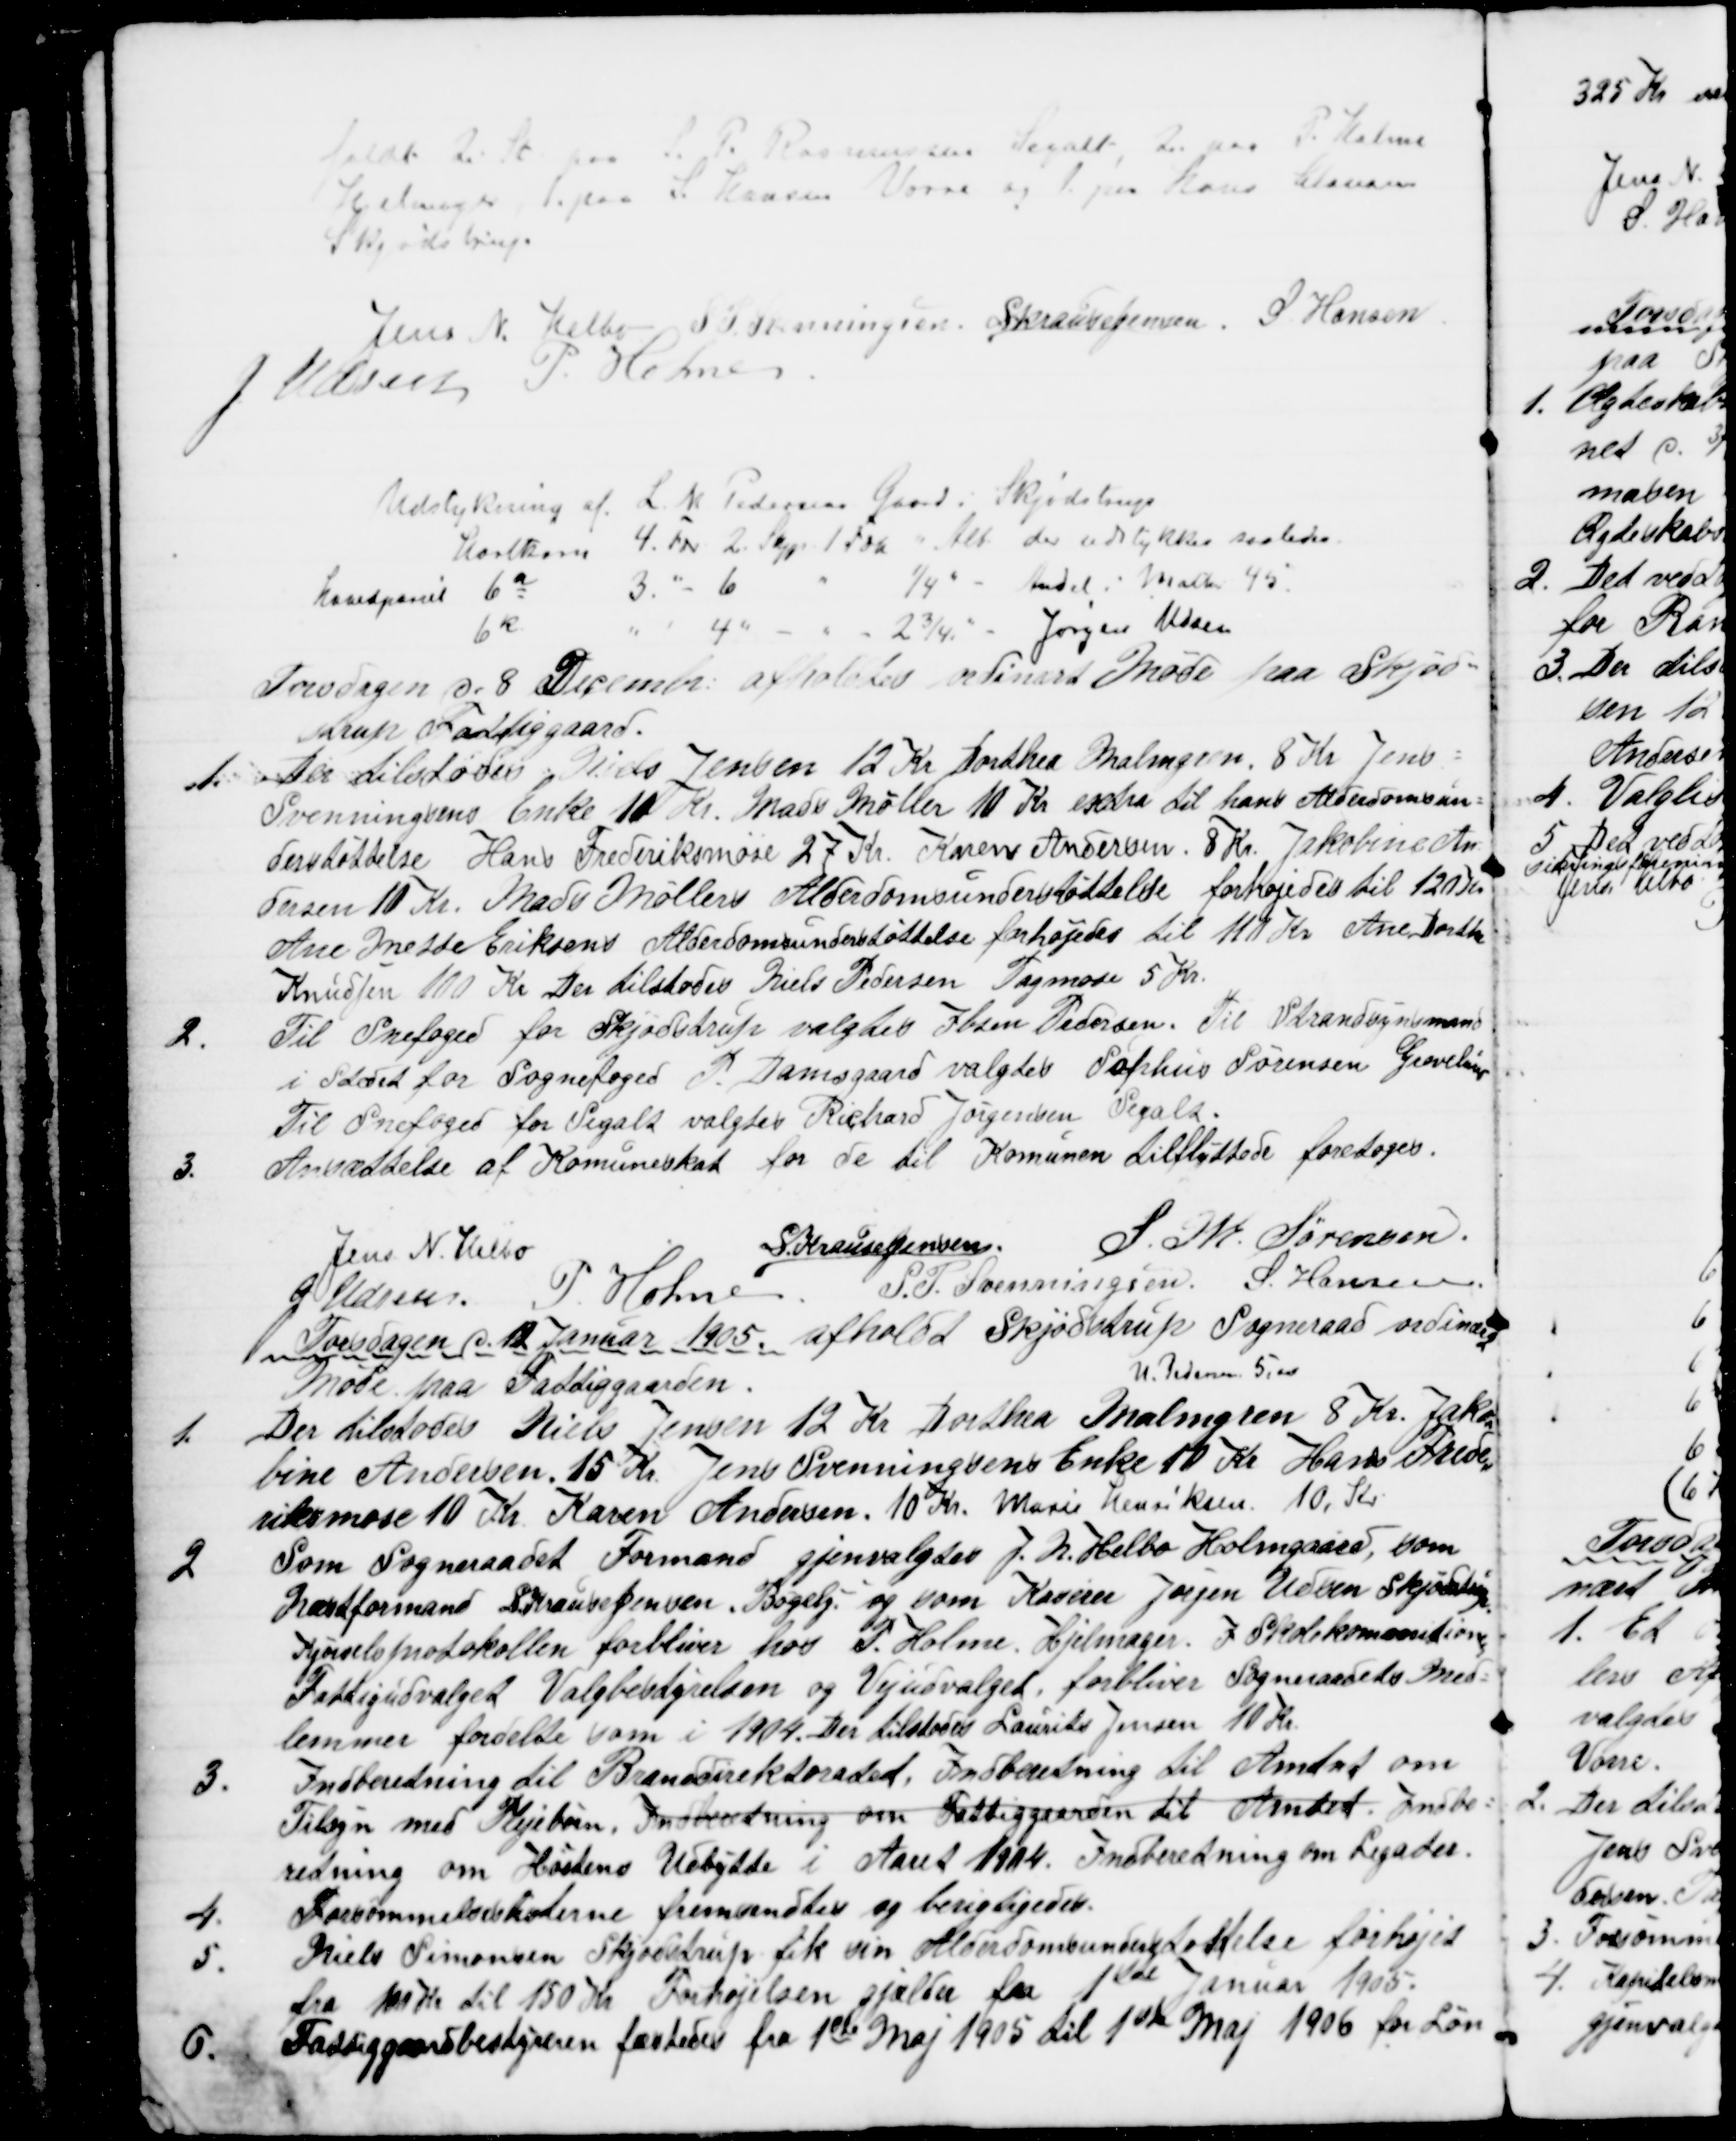
Transskription:
faldt 20. St paa S. P. Rasmussen Segalt, 20 paa P. Holme
Hjelmager, 1. paa S. Hansen Vorre og 1. paa Hans Clausen
Skjødstrup.
Jens N. Helbo S. P. Svenningsen, S Krause Jensen S Hansen
J. Udsen P. Holme
Udstykning af L. M. Pedersens Gaard i Skjødstrup
Hartkorn 4. Tdr 2. Skjp. 1 Fdk " Alb der udstykkes saaledes
Hovedparcel 6a
3. " - 6
¼ " - Andel i Mathr 45.
6k
4
2¾ " - Jørgen Udsen
Torsdagen d. 8 December afholdtes ordinært Møde paa Skjød=
strup Fattiggaard.
1
Der tilstodes : Niels Jensen 12 Kr Dorthea Malmgren. 8 Kr. Jens =
Svenningsens Enke 10 Kr. Mads Møller 10 Kr extra til hans Alderdomsun=
derstøttelse Hans Frederiksmose 27 Kr. Karen Andersen. 8 Kr. Jakobine An=
dersen 10 Kr. Mads Møllers Alderdomsunderstøttelse forhøjedes til 120 Kr.
Ane Mette Eriksens Alderdomsunderstøttelse forhøjedes til 110 Kr. Ane Dorthe
Knudsen 100 Kr Der tilstodes Niels Pedersen Tagmose 5. Kr.
2.
Til Snefoged for Skjødstrup valgtes Ibsen Pedersen. Til Strandsynsmand
i Stedet for Sognefoged P. Damsgaard valgtes Sophus Sørensen Grevelund
Til Snefoged for Segalt valgtes Richard Jørgensen Segalt.
3.
Ansættelse af Komuneskat for de til Komunen tilflyttede foretoges.
Jens N. Helbo
S. Krause Jensen
S. M. Sørensen
J. Udsen P. Holme
S. P. Svenningsen S. Hansen
Torsdagen d. 12 Januar 1905 afholdt Skjødstrup Sogneraad ordinært
Møde paa Fattiggaarden.
N. Pedersen 5,00
1.
Der tilstodes Niels Jensen 12 Kr Dorthea Malmgren 8 Kr. Jako
=
bine Andersen. 15 Kr. Jens Svenningsens Enke 10 Kr. Hans Frede
=
riksmose 10 Kr. Karen Andersen. 10 Kr. Marie Henriksen 10. Kr.
2
Som Sogneraadet Formand gjenvalgtes J. N. Helbo Holmgaard, som
Næstformand S. Krause Jensen, Bøgely. og som Kaserer Jørgen Udsen Skjødstrup
Kjørselsprotokollen forbliver hos P. Holme Hjelmager. I Skolekommitionen
Fattigudvalget Valgbestyrelsen og Vejudvalget, forbliver Sogneraadets Med=
lemmer fordelte som i 1904. Der tilstodes Laurits Jensen 10 Kr
3.
Indberetning til Branddirektoratet. Indberetning til Amtet om
Tilsyn med Plejebørn, Indberetning om Fattiggaarden til Amtet . Indbe=
retning om Høstens Udbytte i Aaret 1904. Indberetning om Legater.
4.
Forsømmelseslisterne fremsendtes og berigtigedes.
5.
Niels Simonsen Skjødstrup fik sin Alderdomsunderstøttelse forhøjet
fra 100 Kr til 150 Kr Forhøjelsen gjælder fra 1ste Januar 1905.
6.
Fattiggaardbestyreren fæstede fra 1ste Maj 1905 til 1ste Maj 1906 for Løn